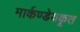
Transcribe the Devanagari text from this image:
मार्कण्डेयकृत